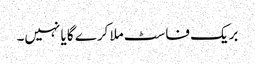
بریک فاسٹ ملا کرے گا یا نہیں۔